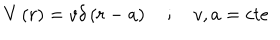
V \left( r \right) = v \delta \left( r - a \right) \quad ; \quad v , a = c t e